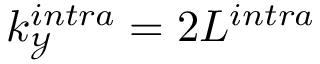
k _ { \mathcal { Y } } ^ { i n t r a } = 2 L ^ { i n t r a }